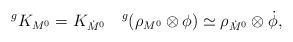
LaTeX: \begin{align*} {}^gK_{M^0}=K_{\dot M^0}\quad{}^g(\rho_{M^0}\otimes\phi)\simeq \rho_{\dot M^0}\otimes\dot \phi,\end{align*}